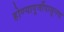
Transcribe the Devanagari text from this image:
होण्यापूर्वीपासूनच